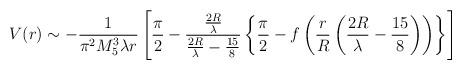
LaTeX: \begin{align*}V(r) \sim -\frac{1}{\pi^2 M_5^3 \lambda r}\left[ \frac{\pi}{2} - \frac{\frac{2R}{\lambda}}{\frac{2R}{\lambda} - \frac{15}{8}}\left\{\frac{\pi}{2} - f\left(\frac{r}{R} \left(\frac{2R}{\lambda} - \frac{15}{8} \right) \right) \right\} \right]\end{align*}